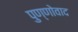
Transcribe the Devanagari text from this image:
पुण्णोवाद